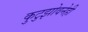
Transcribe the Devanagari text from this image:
कुटुझोवनेही